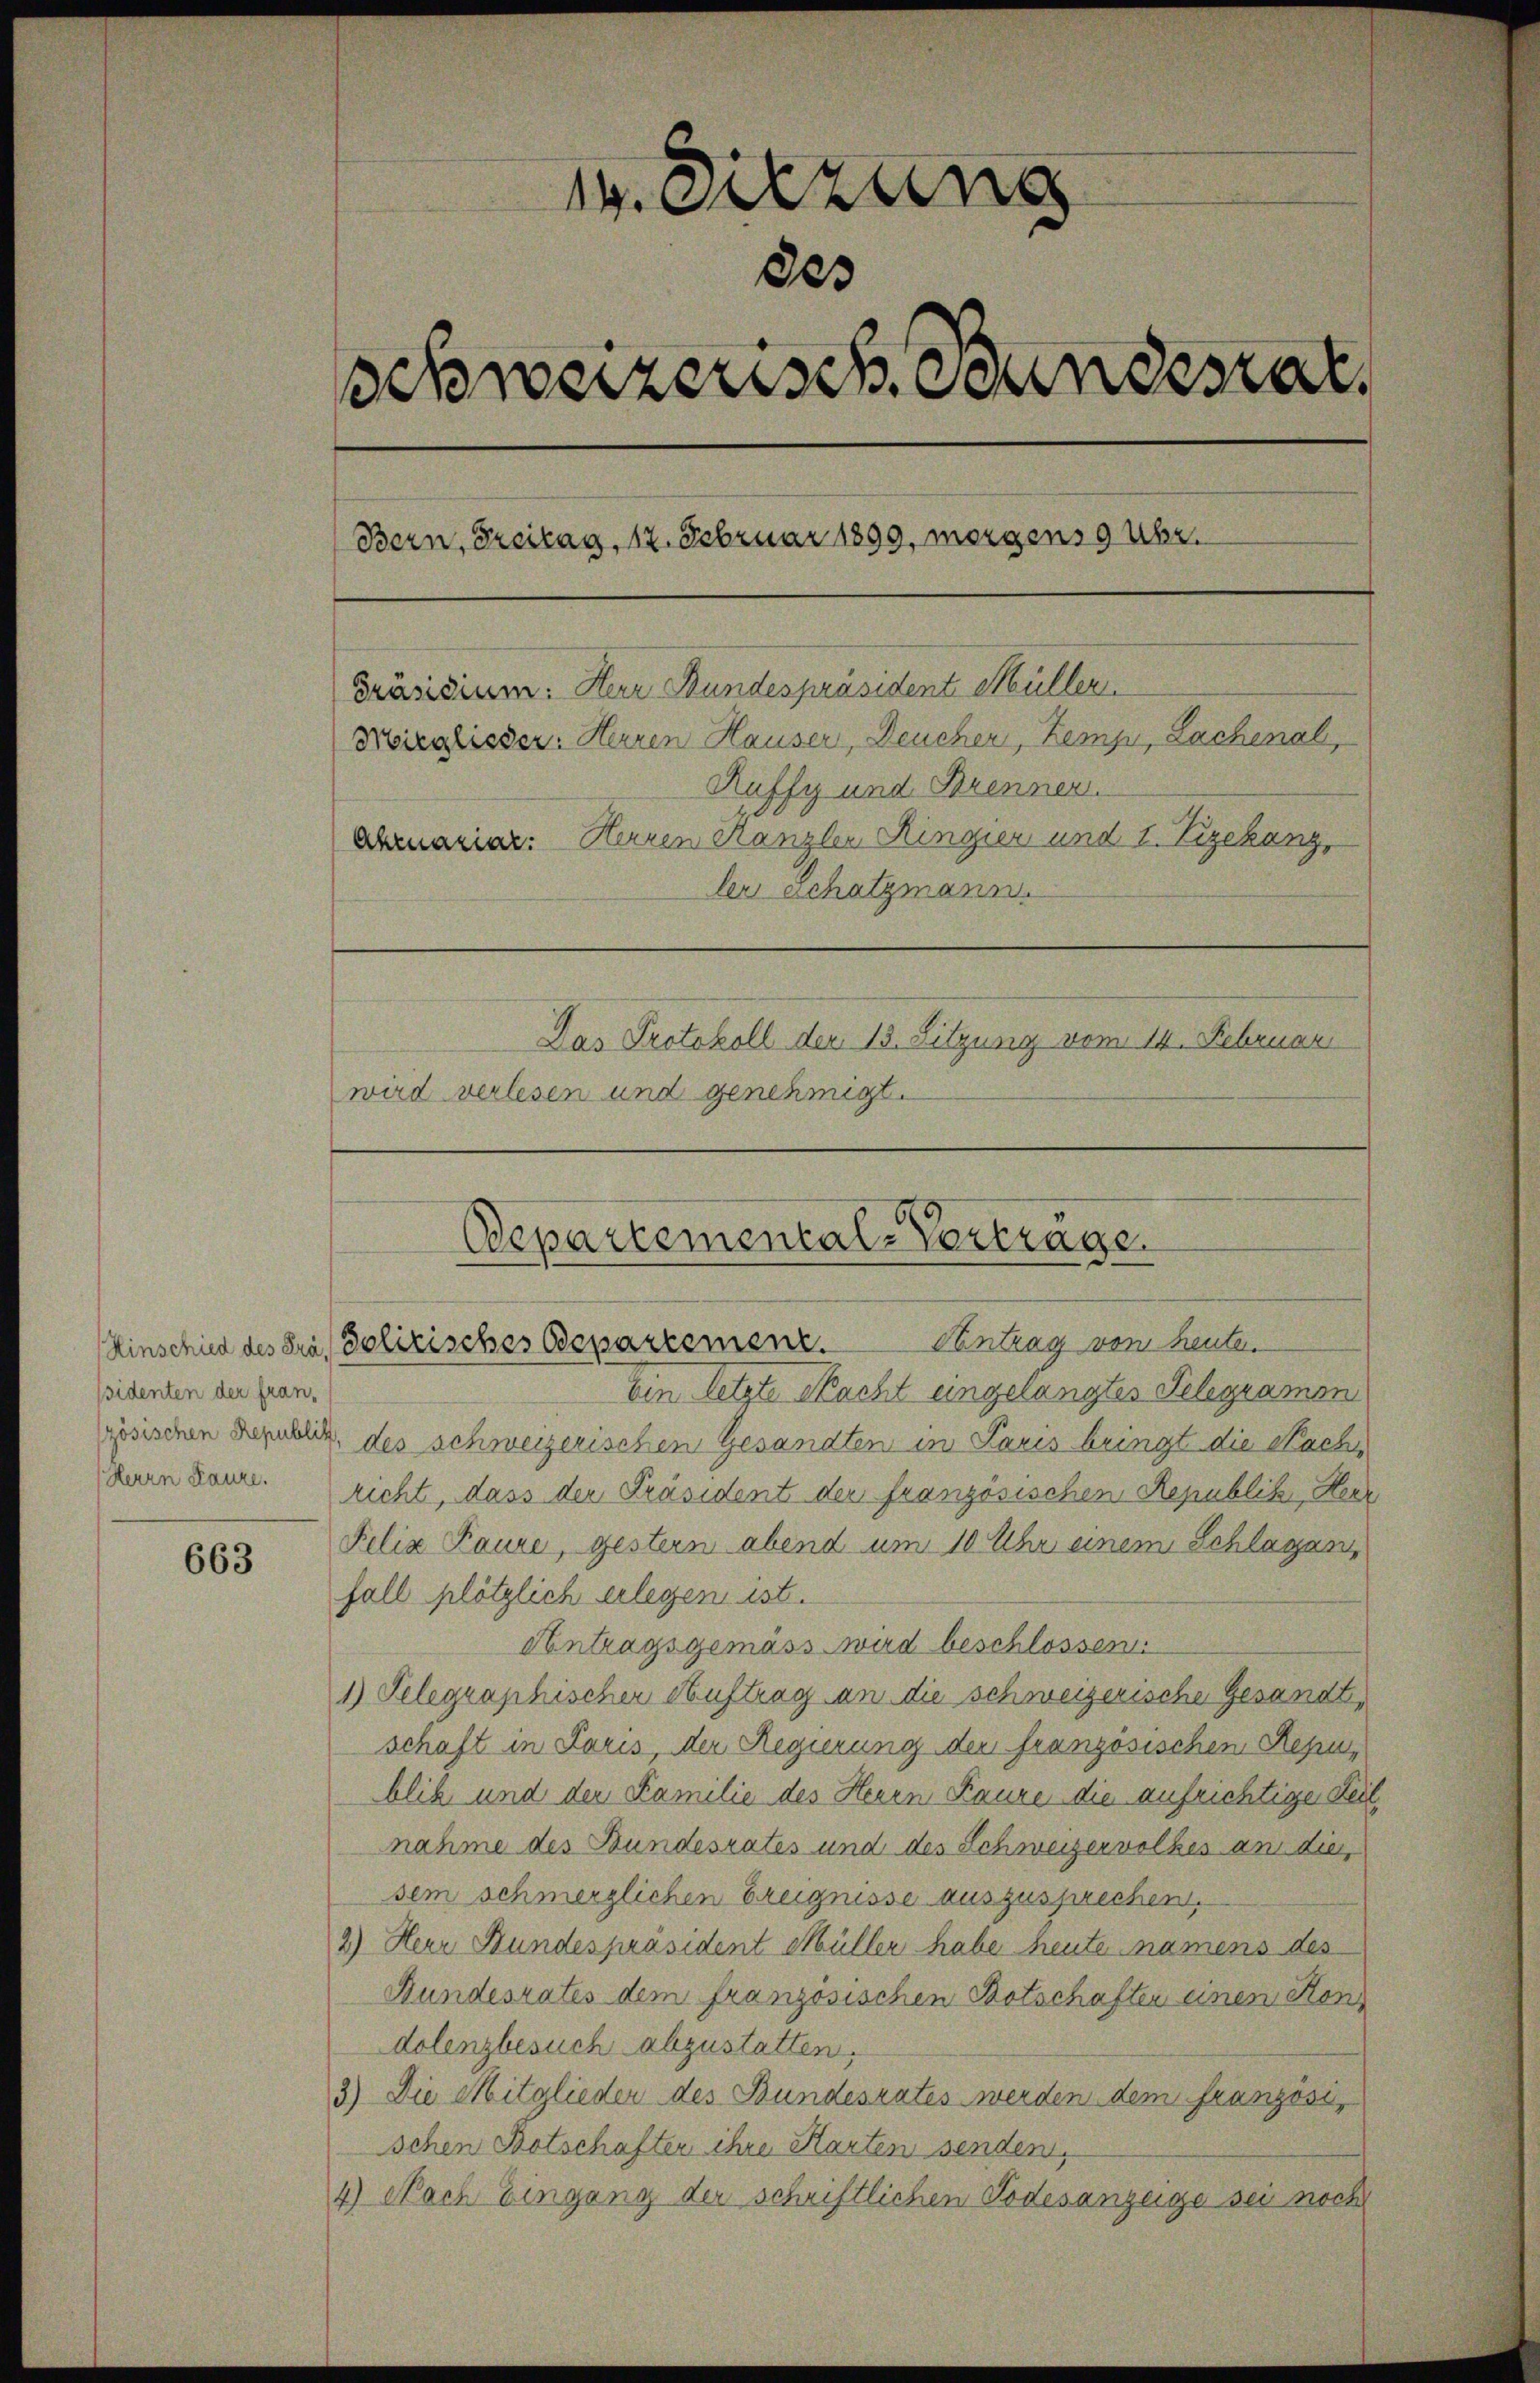
ssidenten der fran¬

663

14. Sitzung
des
Schweizerisch Bundesrat
Bern, Freitag, 12. Februar 1899, morgens 9 Uhr.
Präsidium: Herr Bundespräsident Müller.
Wieglieder: Herren Hauser, Deucher, Zemp, Lachenal,
Ruffy und Brennen.
Abmariar: Herren Kanzlei Ringier und 1. Vizekanz,
ler Schatzmann.
Das Protokoll den 13. Sitzung vom 14. Februar
wird verlesen und genehmigt.

Departemental-Vertrage.
Antrag von heute.
Hinschied des Pra Polizisches Departement.

Ein letzte Nacht eingelangtes Telegramen
zösischen Republik des schweizerischen Gesandten in Paris bringt die Nach
kann kann. richt, dass der Präsident der französischen Republik Heer
Felix Raune, gestern abend um 10 Uhr einem Splügen,
fall plötzlich erlegen ist.
Antragsgemäss wird beschlossen:
1) Telegraphischer Auftrag an die schweizerische Gesandt,
schaft in Paris, der Regierung der französischen Resinblik und der Familie des Heuen Baure die aufrichtige Teil,
nahme des Bundesrates und des Schweizervolkes an die
sem schmerzlichen Ereignisse auszusprechen.
2) Herr Bundespräsident Müller habe heute namens des
Bundesrates dem französischen Botschaften einen Kons
dolenzbesuch abzustatten.
3) Die Mitglieder des Bundesrates werden dem französis
schen Botschaften ihre Karten senden,
4) Nach Eingang der schriftlichen Todesanzeige sei noch